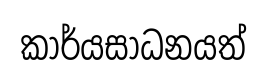
කාර්යසාධනයත්